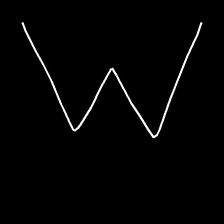
Glyph: crush